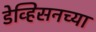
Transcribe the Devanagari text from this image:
डेव्हिसनच्या